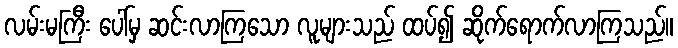
လမ်းမကြီး ပေါ်မှ ဆင်းလာကြသော လူများသည် ထပ်၍ ဆိုက်ရောက်လာကြသည်။